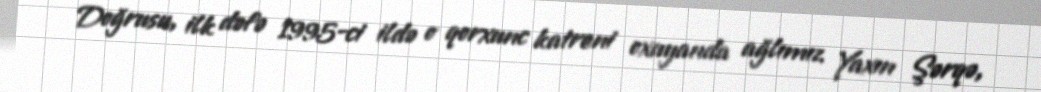
Doğrusu, ilk dəfə 1995-ci ildə o qorxunc katreni oxuyanda ağlımız Yaxın Şərqə,